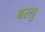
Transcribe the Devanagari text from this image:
बरलु